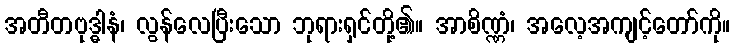
အတီတဗုဒ္ဓါနံ၊ လွန်လေပြီးသော ဘုရားရှင်တို့၏။ အာစိဏ္ဏံ၊ အလေ့အကျင့်တော်ကို။